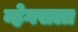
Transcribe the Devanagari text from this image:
व्हेगसला